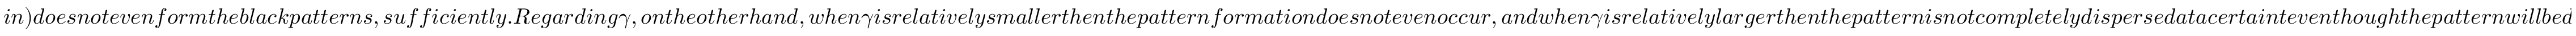
i n ) d o e s n o t e v e n f o r m t h e b l a c k p a t t e r n s , s u f f i c i e n t l y . R e g a r d i n g \gamma , o n t h e o t h e r h a n d , w h e n \gamma i s r e l a t i v e l y s m a l l e r t h e n t h e p a t t e r n f o r m a t i o n d o e s n o t e v e n o c c u r , a n d w h e n \gamma i s r e l a t i v e l y l a r g e r t h e n t h e p a t t e r n i s n o t c o m p l e t e l y d i s p e r s e d a t a c e r t a i n t e v e n t h o u g h t h e p a t t e r n w i l l b e d i s p e r s e d a t a s u f f i c i e n t l y l a r g e t ( f o r i n s t a n c e , i n F i g .